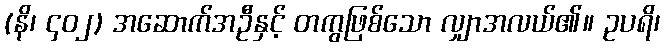
(နိ၊ ၄၀၂) အဆောက်အဦနှင့် တကွဖြစ်သော လျှာအလယ်၏။ ဥပရိ၊